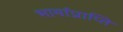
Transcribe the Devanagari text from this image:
भार्याप्राप्ति